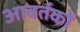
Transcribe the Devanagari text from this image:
आवर्तकों